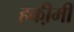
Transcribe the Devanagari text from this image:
हकी़मी